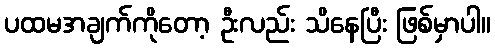
ပထမအချက်ကိုတော့ ဦးလည်း သိနေပြီး ဖြစ်မှာပါ။